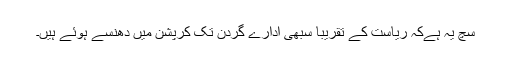
سچ یہ ہےکہ ریاست کے تقریباََ سبھی ادارے گردن تک کرپشن میں دھنسے ہوئے ہیں۔